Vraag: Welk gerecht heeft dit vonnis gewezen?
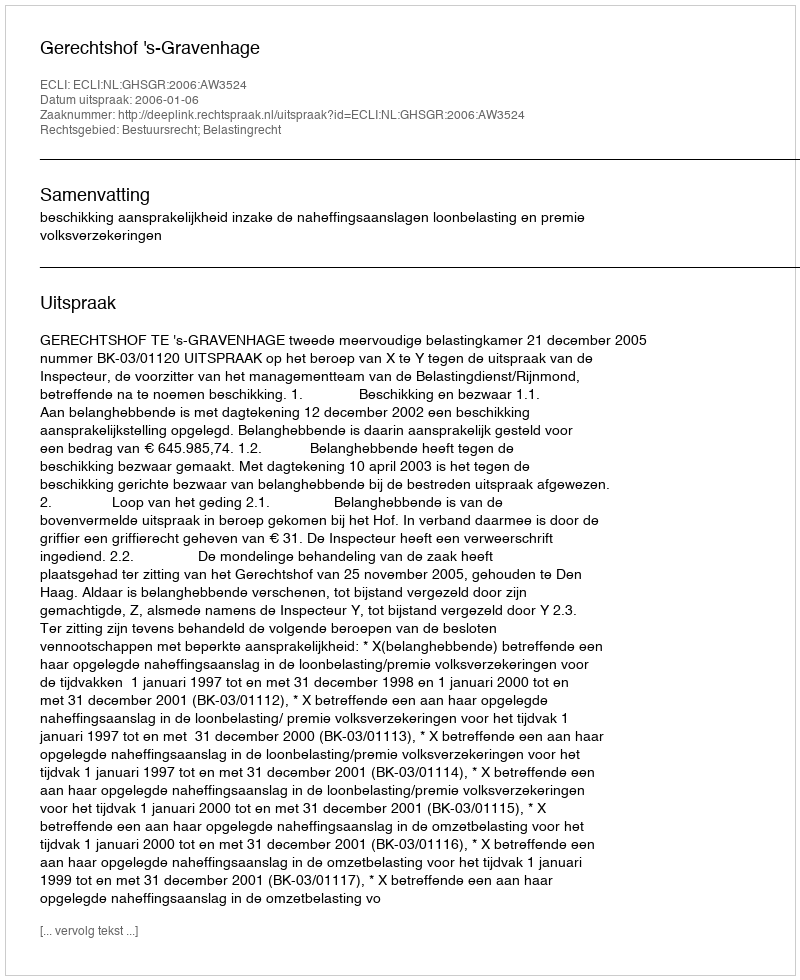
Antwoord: Gerechtshof 's-Gravenhage